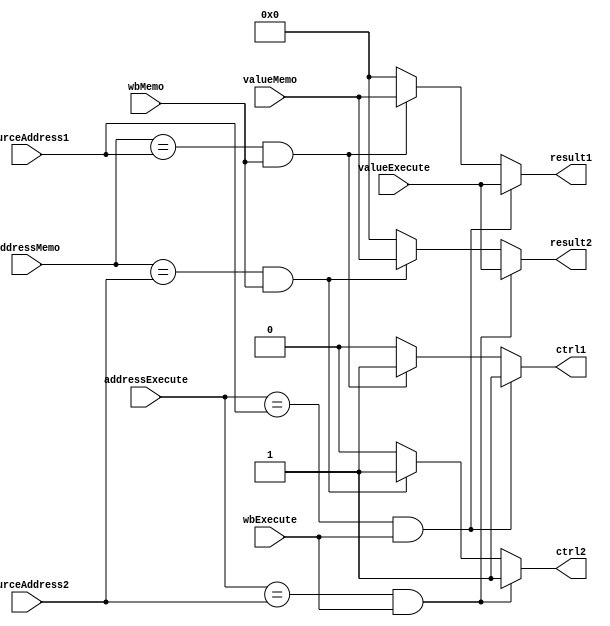
module forwarding_unit(wbExecute,addressExecute,valueExecute,
wbMemo,addressMemo,valueMemo,
sourceAddress1,sourceAddress2,
result1,ctrl1,
result2,ctrl2
);
input [15:0]valueExecute,valueMemo;

input [2:0]addressExecute,addressMemo,sourceAddress1,sourceAddress2;

input wbExecute,wbMemo;
output  [15:0]result1,result2;
output  ctrl1,ctrl2;





assign result1=(addressExecute==sourceAddress1 && wbExecute==1'b1)?valueExecute:
(addressMemo==sourceAddress1 && wbMemo==1'b1)?valueMemo:
16'b0;

assign result2=(addressExecute==sourceAddress2 && wbExecute==1'b1)?valueExecute:
(addressMemo==sourceAddress2 && wbMemo==1'b1)?valueMemo:
16'b0;

assign ctrl1=(addressExecute==sourceAddress1 && wbExecute==1'b1)?1'b1:
(addressMemo==sourceAddress1 && wbMemo==1'b1)?1'b1:
1'b0;

assign ctrl2=(addressExecute==sourceAddress2 && wbExecute==1'b1)?1'b1:
(addressMemo==sourceAddress2 && wbMemo==1'b1)?1'b1:
1'b0;


// if(addressExecute==sourceAddress && wbExecute==1'b1)begin
// result=valueExecute;
// ctrl=1'b1;
// end else if(addressMemo==sourceAddress && wbMemo==1'b1) begin 

// result=valueMemo;
// ctrl=1'b1;

// end else begin

// ctrl=1'b0;
// result=16'b0;

// end



endmodule